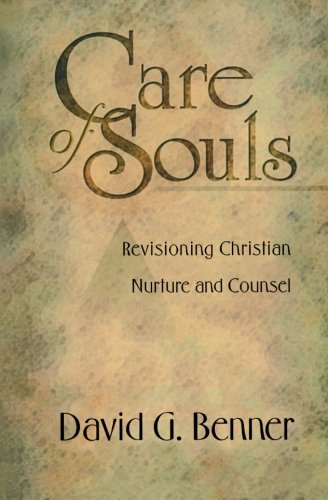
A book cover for Care of Souls: Revisioning Christian Nurture and Counsel; David G. PhD Benner; Christian Books & Bibles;